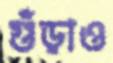
গুঁড়াও